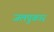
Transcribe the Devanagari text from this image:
जलपुकार